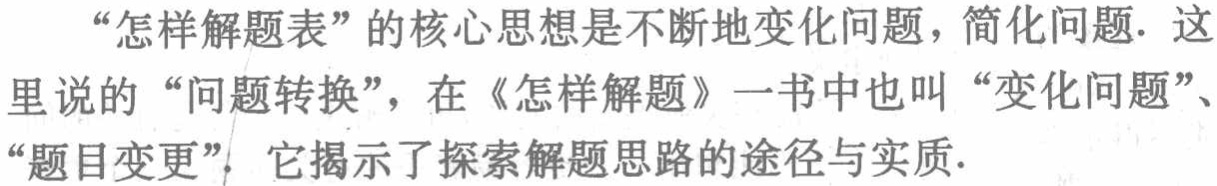
“怎样解题表”的核心思想是不断地变化问题，简化问题. 这里说的“问题转换”，在《怎样解题》一书中也叫“变化问题”、“题目变更”，它揭示了探索解题思路的途径与实质.